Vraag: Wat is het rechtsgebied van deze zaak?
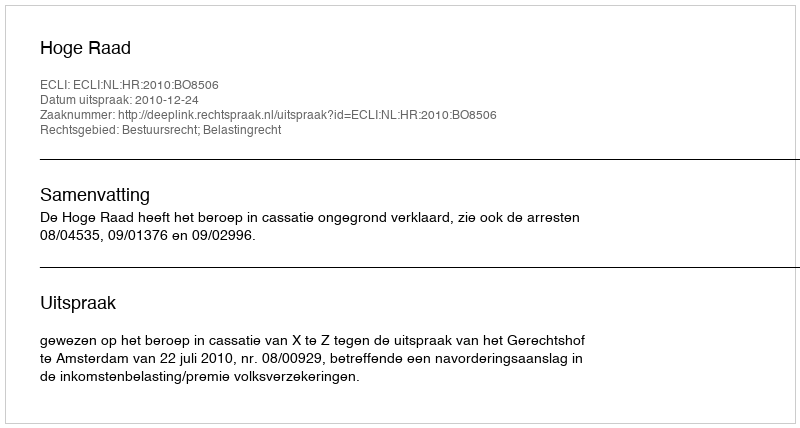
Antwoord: Bestuursrecht; Belastingrecht